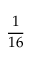
\frac { 1 } { 1 6 }